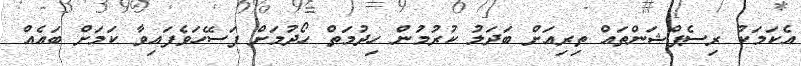
އެކަމަކު ރިސެޕްޝަންތައް ތިރިއަށް ބަދަލު ކުރުމުން ހިދުމަތް ހޯދުމަށް ފަސޭހަވެފައިވާ ކަމަށް ބައެއް